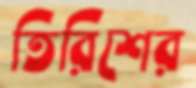
তিরিশের